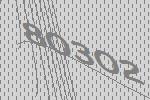
80302